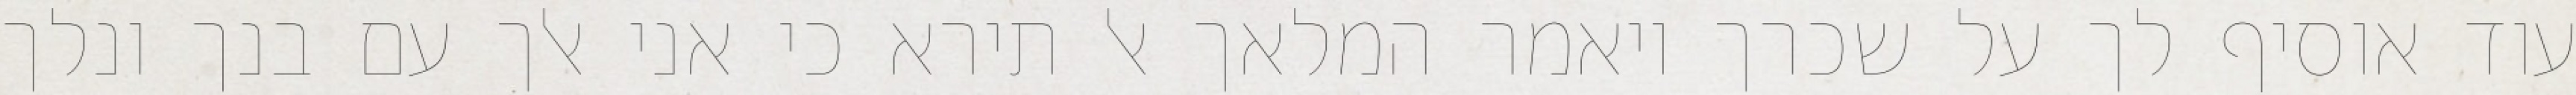
עוד אוסיף לך על שכרך ויאמר המלאך אל תירא כי אני אלך עם בנך ונלך